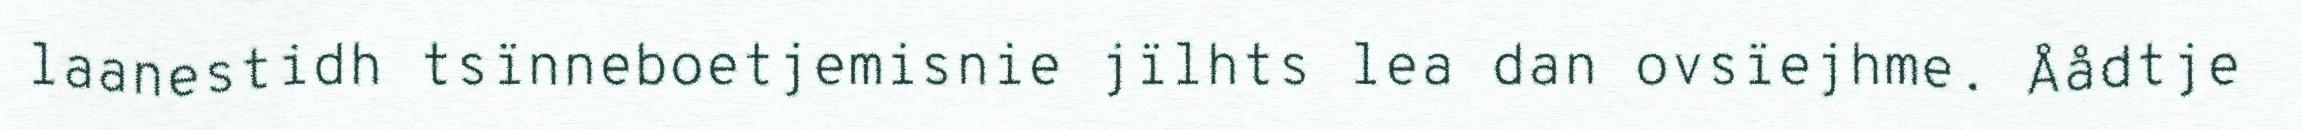
laanestidh tsïnneboetjemisnie jïlhts lea dan ovsïejhme. Åådtje